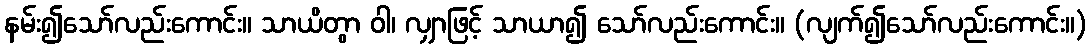
နမ်း၍သော်လည်းကောင်း။ သာယိတွာ ဝါ၊ လျှာဖြင့် သာယာ၍ သော်လည်းကောင်း။ (လျက်၍သော်လည်းကောင်း။)